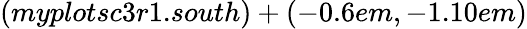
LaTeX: (myplotsc3r1.south)+(-0.6em,-1.10em)